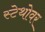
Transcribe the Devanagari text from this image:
स्टेथोवर